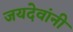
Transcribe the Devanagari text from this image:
जयदेवांनी